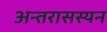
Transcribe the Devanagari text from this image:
अन्तरासस्यन